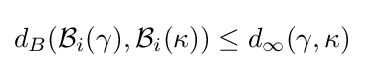
d_{B}({\mathcal {B}}_{i}(\gamma ),{\mathcal {B}}_{i}(\kappa ))\leq d_{\infty }(\gamma ,\kappa )